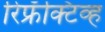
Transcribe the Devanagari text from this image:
रिफ्रॅक्‍टिव्ह